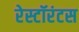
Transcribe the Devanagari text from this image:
रेस्टॉरंटस